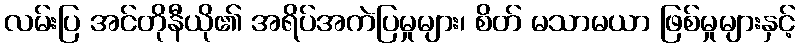
လမ်းပြ အင်တိုနီယို၏ အရိပ်အကဲပြမှုများ၊ စိတ် မသာမယာ ဖြစ်မှုများနှင့်